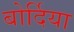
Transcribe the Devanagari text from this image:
बोर्दिया